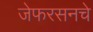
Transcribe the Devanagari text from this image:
जेफरसनचे